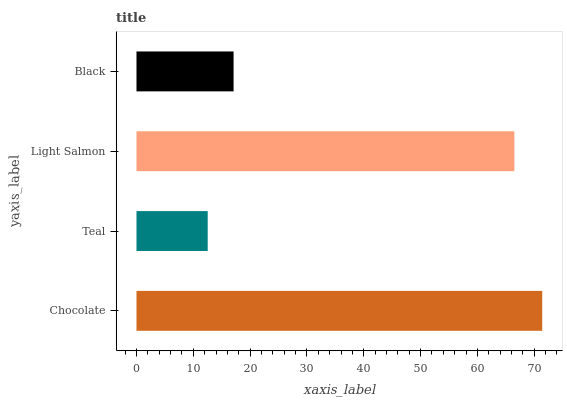
| yaxis_label | bars |
 | --- | --- |
 | Chocolate | 71.4 |
 | Teal | 12.5 |
 | Light Salmon | 66.5 |
 | Black | 17.1 |